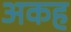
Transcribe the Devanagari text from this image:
अकह